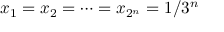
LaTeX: x _ { 1 } = x _ { 2 } = \cdots = x _ { 2 ^ { n } } = 1 / 3 ^ { n }